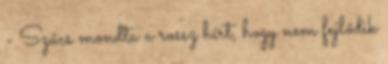
- Szűcs mondta a rossz hírt, hogy nem fejlődik